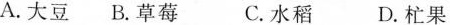
A. 大豆 B. 草莓 C. 水稻 D. 忙果